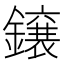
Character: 𮣐